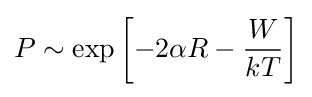
P\sim \exp \left[-2\alpha R-{\frac {W}{kT}}\right]